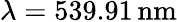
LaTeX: \lambda=539.91\, \mathrm{{nm}}